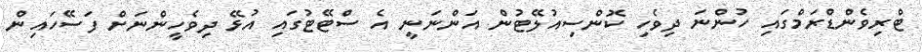
ޓްރިވެންޑްރަމްގައި ހުންނަ ދިވެހި ކޮންސިއުލޭޓުން އަންނަނީ އެ ސްޓޭޓުގައި އުޅޭ ދިވެހީންނަށް ފަސޭހައިން